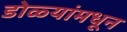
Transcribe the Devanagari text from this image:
डोळ्यांमधून